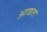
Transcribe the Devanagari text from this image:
आळता